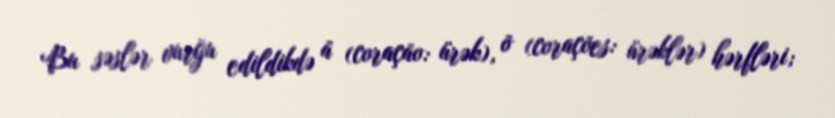
Bu səslər vurğu edildikdə ã (coração: ürək), õ (corações: ürəklər) hərfləri;